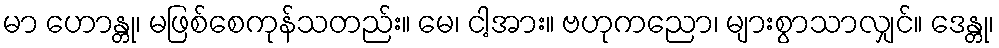
မာ ဟောန္တု၊ မဖြစ်စေကုန်သတည်း။ မေ၊ ငါ့အား။ ဗဟုကညော၊ များစွာသာလျှင်။ ဒေန္တု၊